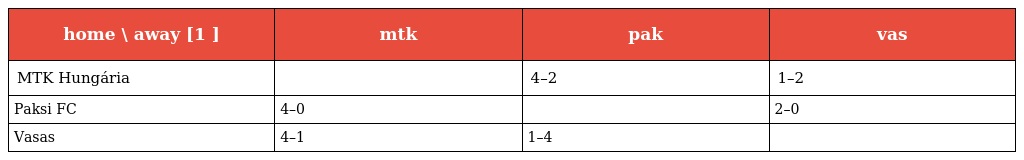
| home \ away [1 ] | mtk | pak | vas |
 | --- | --- | --- | --- |
 | MTK Hungária |  | 4–2 | 1–2 |
 | Paksi FC | 4–0 |  | 2–0 |
 | Vasas | 4–1 | 1–4 |  |